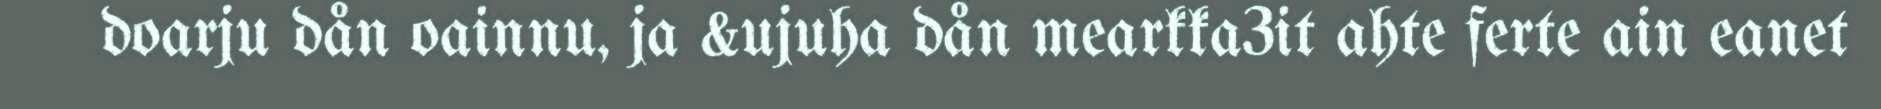
doarju dån oainnu, ja &ujuha dån mearkka3it ahte ferte ain eanet